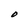
Character: O